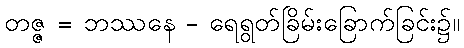
တဇ္ဇ = ဘဿနေ - ရေရွတ်ခြိမ်းခြောက်ခြင်း၌။